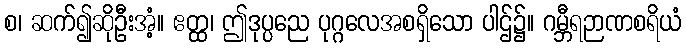
စ၊ ဆက်၍ဆိုဦးအံ့။ ဧတ္ထ၊ ဤဒုပ္ပညေ ပုဂ္ဂလေအစရှိသော ပါဌ်၌။ ဂမ္ဘီရဉာဏစရိယံ